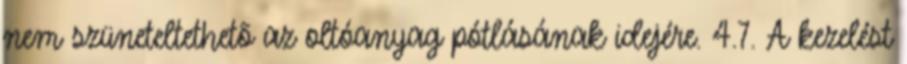
nem szüneteltethetõ az oltóanyag pótlásának idejére. 4.7. A kezelést